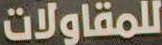
للمقاولات